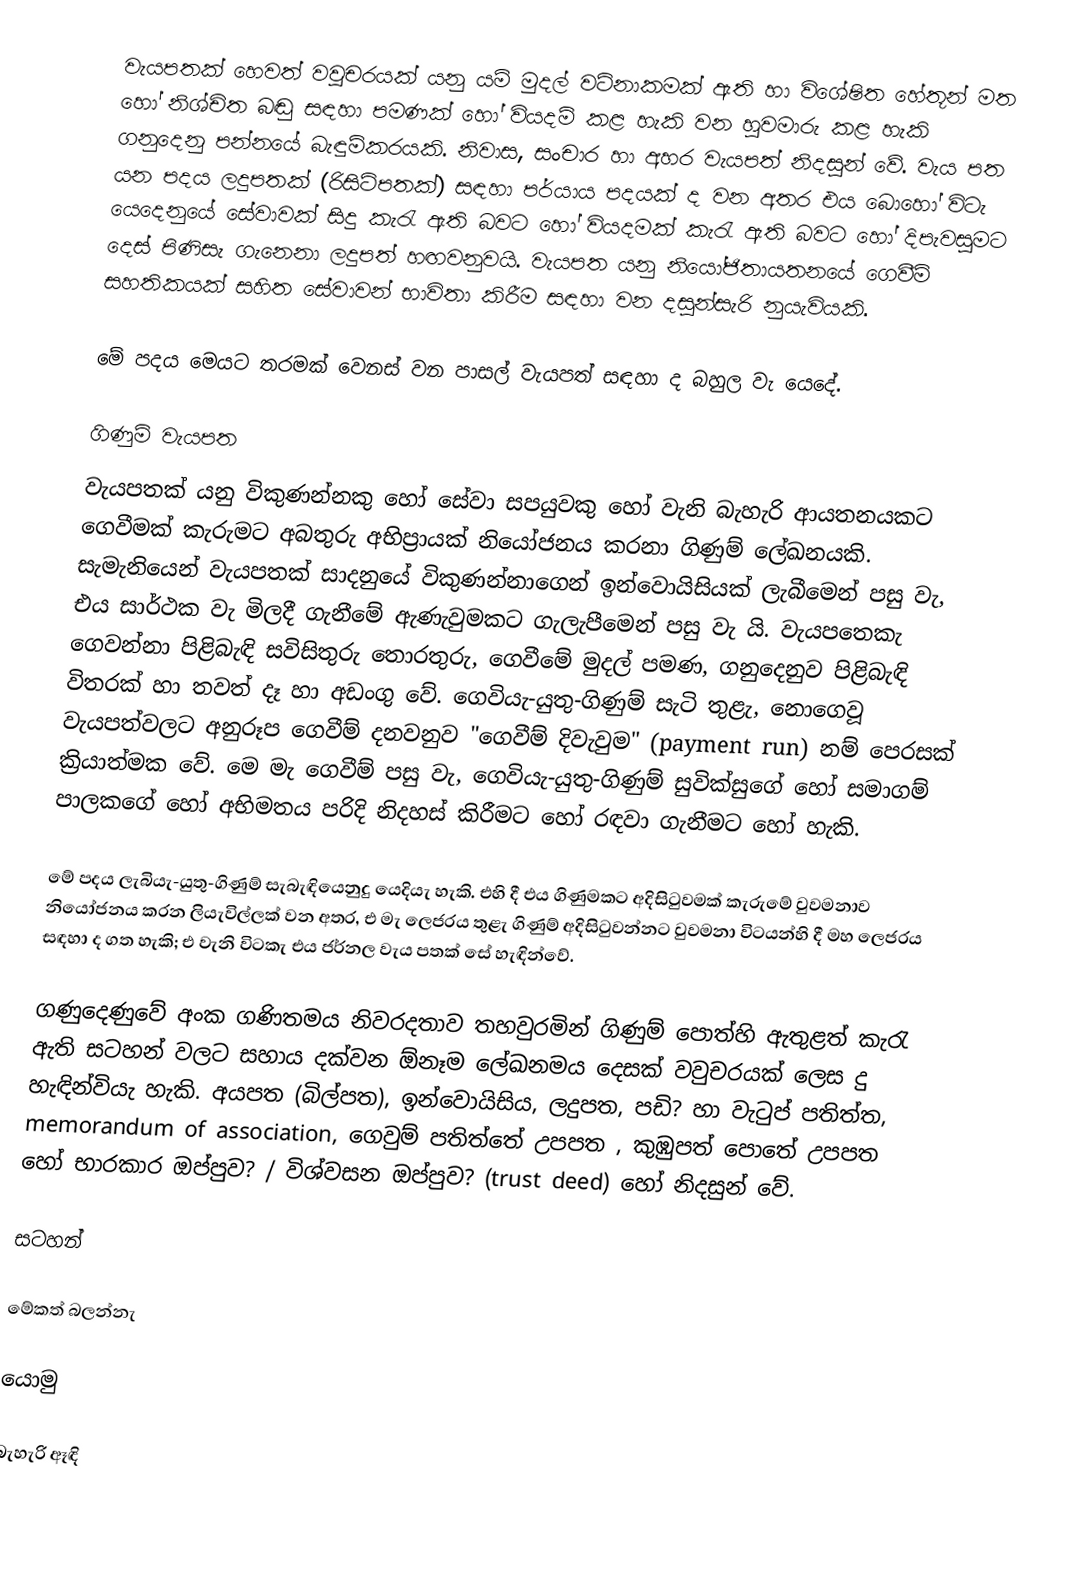
වැයපතක් හෙවත් වවුචරයක් යනු යම් මුදල් වටිනාකමක් ඇති හා විශේෂිත හේතූන් මත හෝ නිශ්චිත බඬු සඳහා පමණක් හෝ වියදම් කළ හැකි වන හුවමාරු කළ හැකි ගනුදෙනු පන්නයේ බැඳුම්කරයකි. නිවාස, සංචාර හා අහර වැයපත් නිදසුන් වේ. වැය පත යන පදය ලදුපතක් (රිසිට්පතක්) සඳහා පර්යාය පදයක් ද වන අතර එය බොහෝ විටැ යෙදෙනුයේ සේවාවක් සිදු කැරැ ඇති බවට හෝ වියදමක් කැරැ ඇති බවට හෝ දිපැවසුමට දෙස් පිණිසැ ගැනෙනා ලදුපත් හඟවනුවයි. වැයපත යනු නියෝජිතායතනයේ ගෙවීම් සහතිකයක් සහිත සේවාවන් භාවිතා කිරීම සඳහා වන දසුන්සැරි නුයැවියකි.

මේ පදය මෙයට තරමක් වෙනස් වන පාසල් වැයපත් සඳහා ද බහුල වැ යෙදේ.

ගිණුම් වැයපත
වැයපතක් යනු විකුණන්නකු හෝ සේවා සපයුවකු හෝ වැනි බැහැරි ආයතනයකට ගෙවීමක් කැරුමට අබතුරු අභිප්‍රායක් නියෝජනය කරනා ගිණුම් ලේඛනයකි. සැමැනියෙන් වැයපතක් සාදනුයේ විකුණන්නාගෙන් ඉන්වොයිසියක් ලැබීමෙන් පසු වැ, එය සාර්ථක වැ මිලදී ගැනීමේ ඇණැවුමකට ගැලැපීමෙන් පසු වැ යි. වැයපතෙකැ ගෙවන්නා පිළිබැඳි සවිසිතුරු තොරතුරු, ගෙවීමේ මුදල් පමණ, ගනුදෙනුව පිළිබැඳි විතරක් හා තවත් දෑ හා අඩංගු වේ. ගෙවියැ-යුතු-ගිණුම් සැටි තුළැ, නොගෙවූ වැයපත්වලට අනුරූප ගෙවීම් දනවනුව "ගෙවීම් දිවැවුම" (payment run) නම් පෙරසක් ක්‍රියාත්මක වේ. මෙ මැ ගෙවීම් පසු වැ, ගෙවියැ-යුතු-ගිණුම් සුවික්සුගේ හෝ සමාගම් පාලකගේ හෝ අභිමතය පරිදි නිදහස් කිරීමට හෝ රඳවා ගැනීමට හෝ හැකි.

මේ පදය ලැබියැ-යුතු-ගිණුම් සැබැඳියෙනුදු යෙදියැ හැකි. එහි දී එය ගිණුමකට අදිසිටුවමක්  කැරුමේ වුවමනාව නියෝජනය කරන ලියැවිල්ලක් වන අතර, එ මැ ලෙජරය තුළැ ගිණුම් අදිසිටුවන්නට වුවමනා විටයන්හි දී මහ ලෙජරය සඳහා ද ගත හැකි; එ වැනි විටකැ එය ජර්නල වැය පතක් සේ හැඳින්වේ.

ගණුදෙණුවේ අංක ගණිතමය නිවරදතාව තහවුරමින් ගිණුම් පොත්හි ඇතුළත් කැරැ ඇති සටහන් වලට සහාය දක්වන ඕනෑම ලේඛනමය දෙසක් වවුචරයක් ලෙස දු හැඳින්වියැ හැකි. අයපත (බිල්පත), ඉන්වොයිසිය, ලදුපත, පඩි? හා වැටුප් පතිත්ත, memorandum of association, ගෙවුම් පතිත්තේ උපපත , කුඹුපත් පොතේ උපපත හෝ භාරකාර ඔප්පුව? / විශ්වසන ඔප්පුව? (trust deed) හෝ නිදසුන් වේ.

සටහන්

මේකත් බලන්නැ

යොමු

බැහැරි ඈඳි